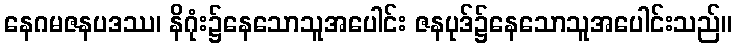
နေဂမဇနပဒဿ၊ နိဂုံး၌နေသောသူအပေါင်း ဇနပုဒ်၌နေသောသူအပေါင်းသည်။